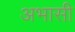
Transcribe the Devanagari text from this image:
अभासी